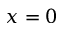
x = 0